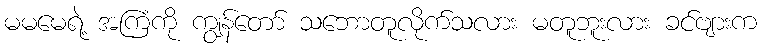
မမမေရဲ့ အကြံကို ကျွန်တော် သဘောတူလိုက်သလား မတူဘူးလား ခင်ဗျားက